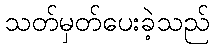
သတ်မှတ်ပေးခဲ့သည်